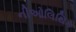
નીઓલિથિક